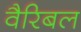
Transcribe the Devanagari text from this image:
वैरिबल